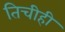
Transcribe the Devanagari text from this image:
तिचीही